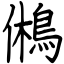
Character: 鵂